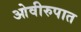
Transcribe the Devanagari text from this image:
ओवीरुपात